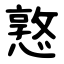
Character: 憝